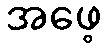
အဖေ့